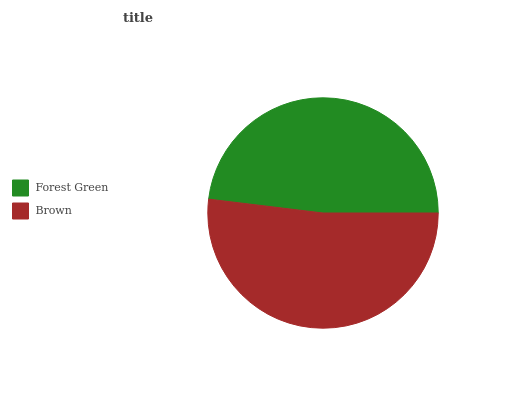
| Forest Green | Brown |
 | --- | --- |
 | 48.1% | 51.9% |